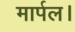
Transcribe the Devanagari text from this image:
मार्पल।